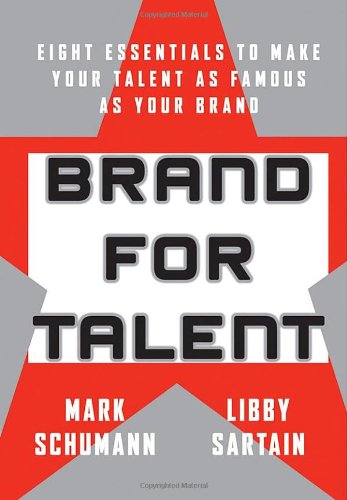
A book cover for Brand for Talent: Eight Essentials to Make Your Talent as Famous as Your Brand; Mark Schumann; Computers & Technology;